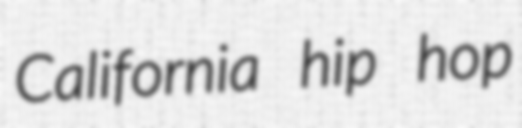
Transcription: California hip hop